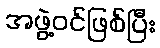
အဖွဲ့ဝင်ဖြစ်ပြီး